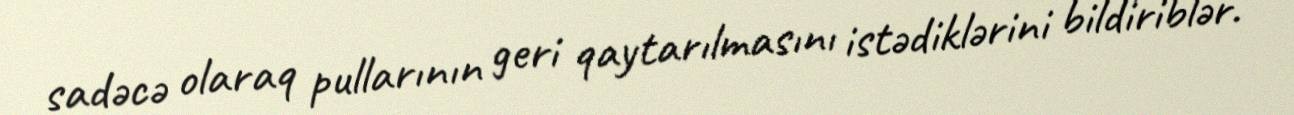
sadəcə olaraq pullarının geri qaytarılmasını istədiklərini bildiriblər.